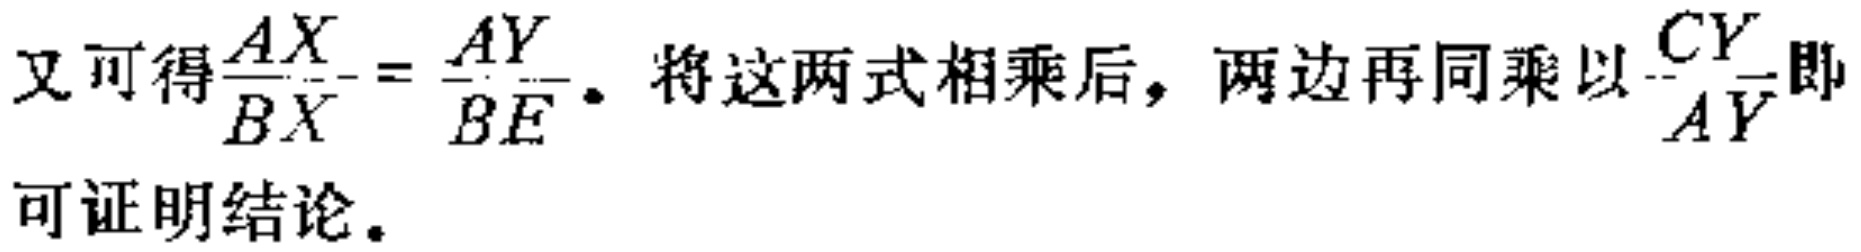
又可得$\frac{AX}{BX} = \frac{AY}{BE}$。将这两式相乘后，两边再同乘以$\frac{CY}{AY}$即可证明结论。